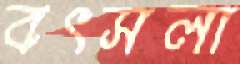
বৎসলা